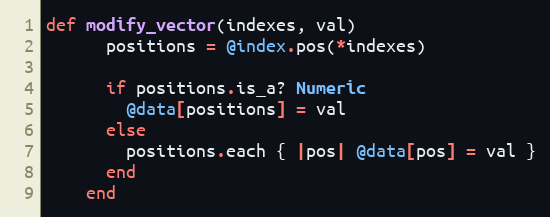
Language: Ruby
def modify_vector(indexes, val)
      positions = @index.pos(*indexes)

      if positions.is_a? Numeric
        @data[positions] = val
      else
        positions.each { |pos| @data[pos] = val }
      end
    end